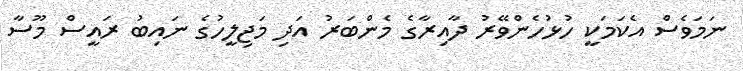
ނަމަވެސް އެކަމަކީ ހުޅުހެންވޭރު ދާއިރާގެ މެންބަރު އަދި މަޖިލީހުގެ ނައިބު ރައީސް މޫސާ